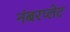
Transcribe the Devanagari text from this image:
नंबरप्लेट